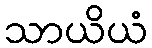
သာယိယံ